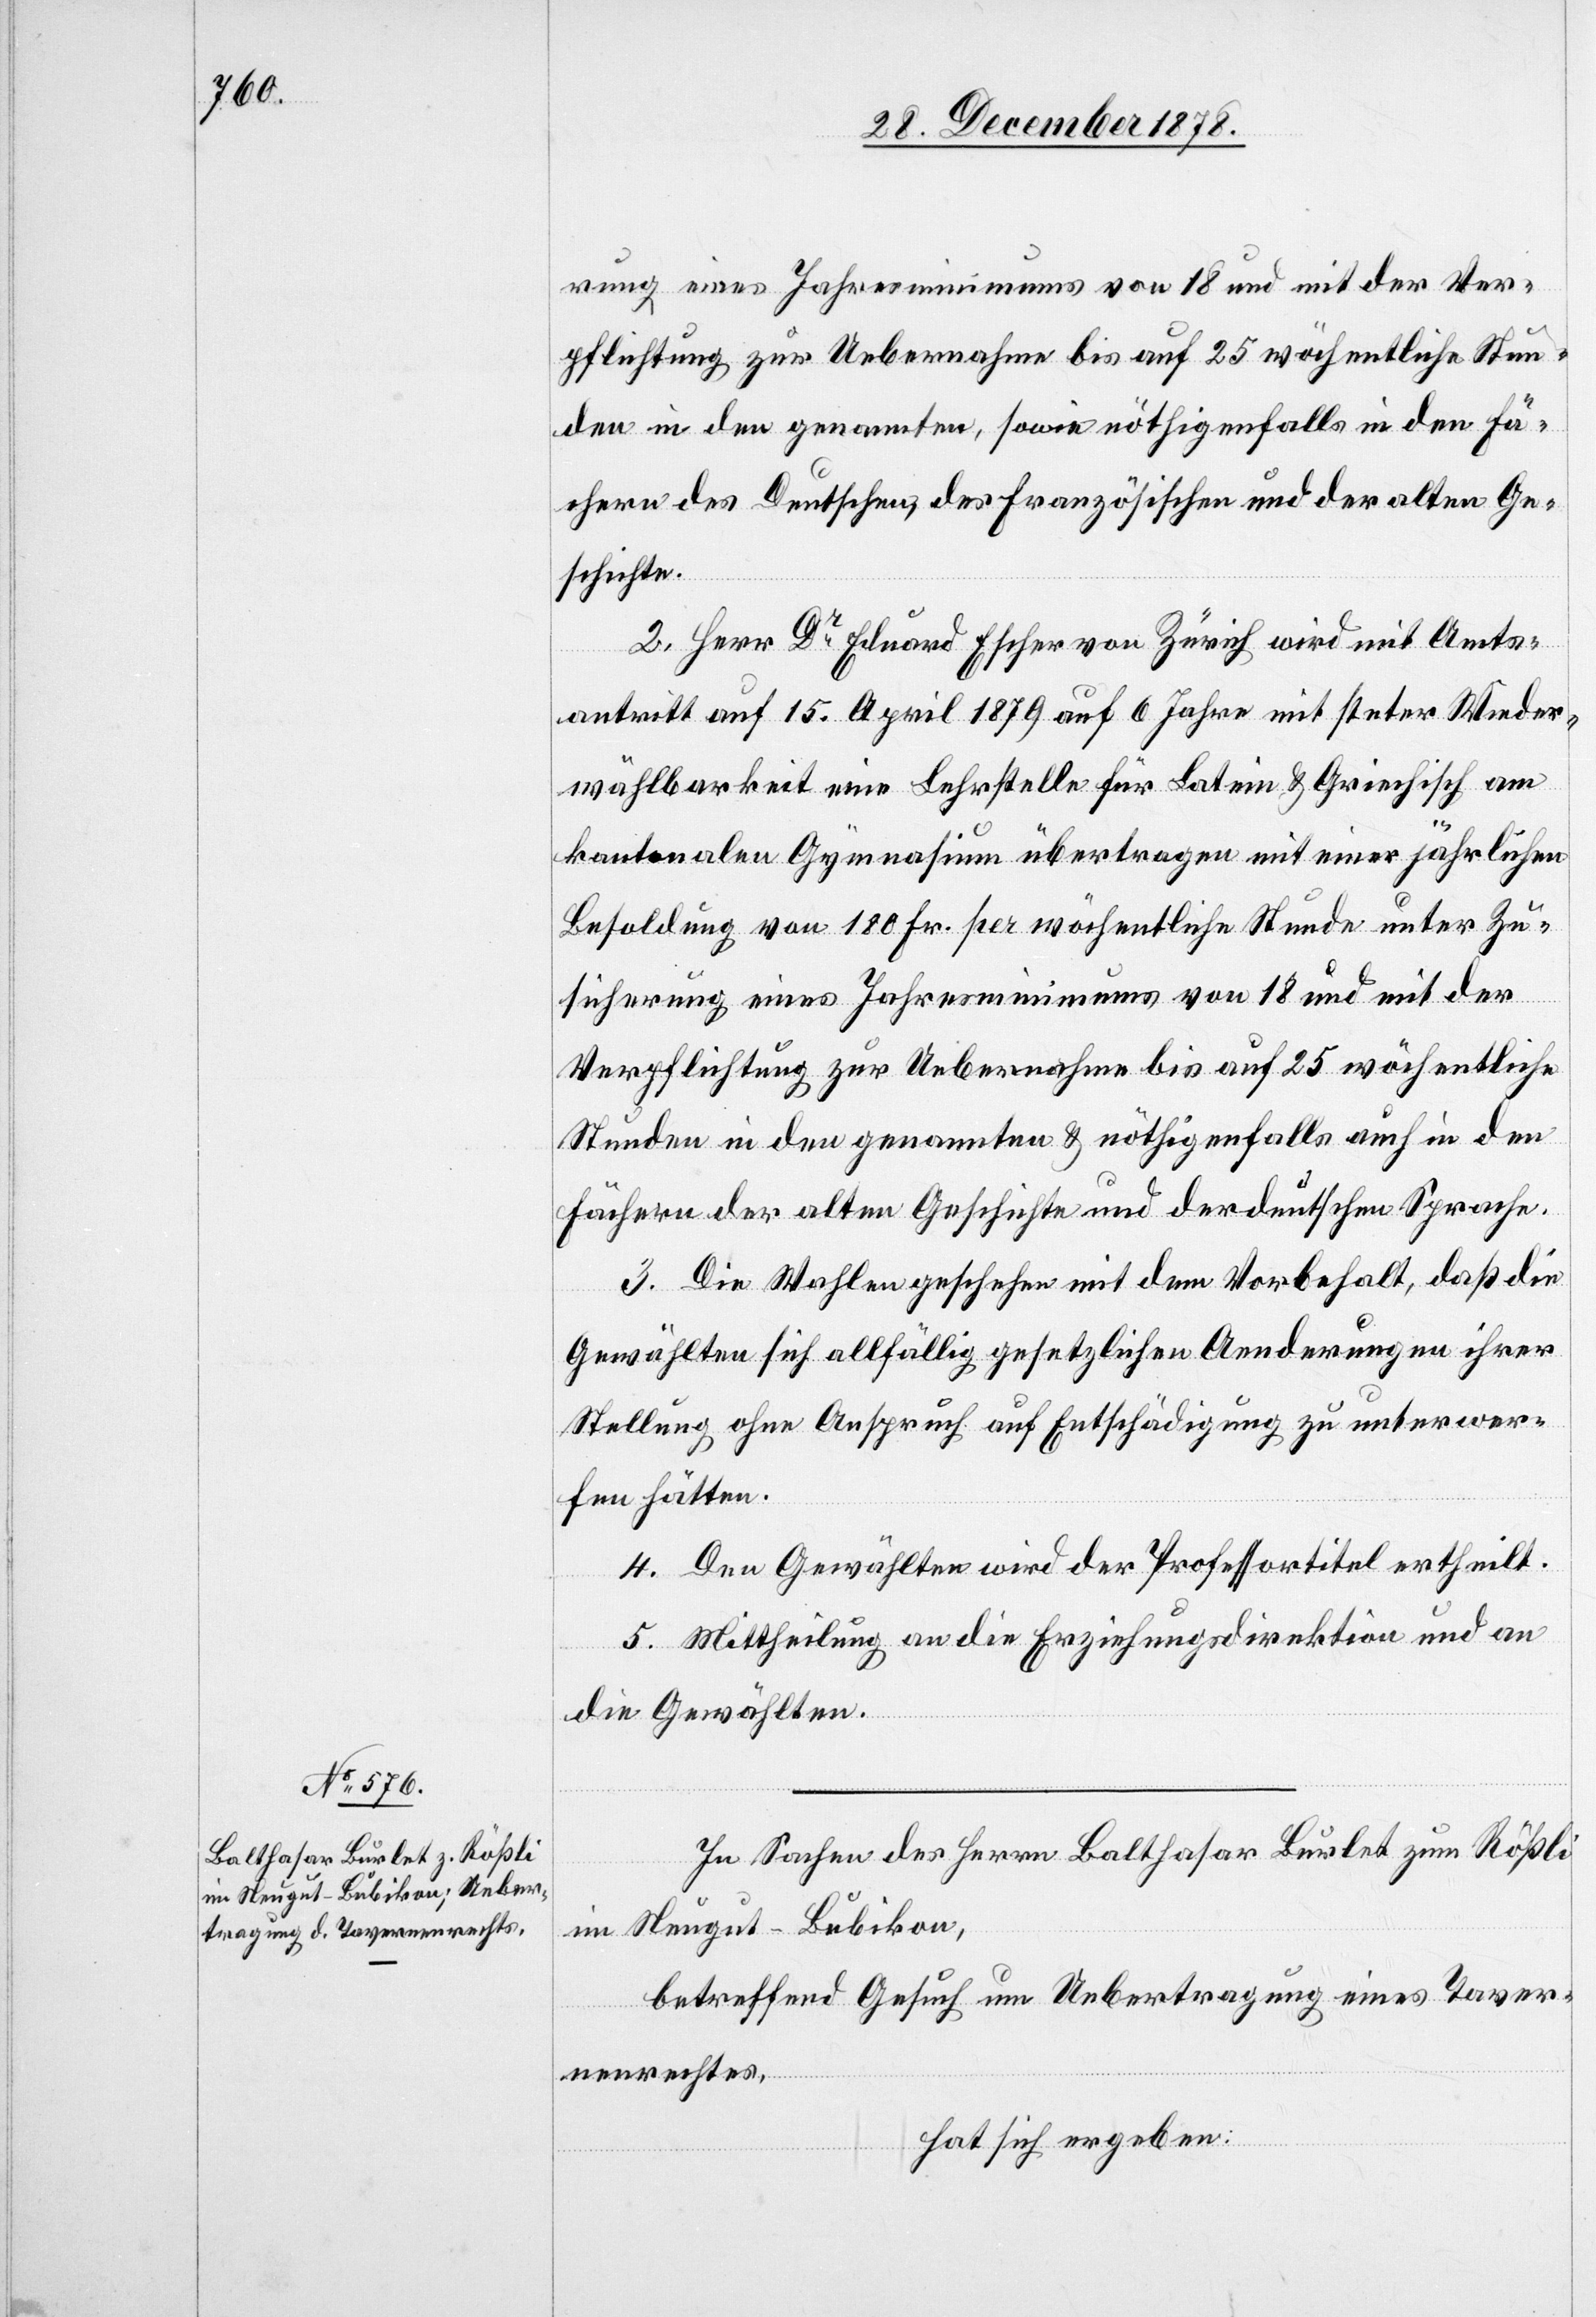
rung eines Jahresminimums von 18 und mit der Ver¬
pflichtung zur Uebernahme bis auf 25 wöchentliche Stun¬
den in den genannten, sowie nöthigenfalls in den Fä¬
chern des Deutschen, des Französischen und der alten Ge¬
schichte.
2. Herr Dr Eduard Escher von Zürich wird mit Amts¬
antritt auf 15. April 1879 auf 6 Jahre mit steter Wieder¬
wählbarkeit eine Lehrstelle für Latein & Griechisch am
kantonalen Gymnasium übertragen mit einer jährlichen
Besoldung von 180 Fr. per wöchentliche Stunde mit der V¬
erpflichtung zur Uebernahme bis auf 25 wöchentliche
Stunden in den genannten & nöhtigenfalls auch in den
Fächern der alten Geschichte und der deutschen Sprache.
3. Die Wahlen geschehen mit dem Vorbehalt, daß die
Gewählten sich allfällig gesetzlichen Aenderungen ihrer
Stellung ohne Anspruch auf Entschädigung zu unterwer¬
fen hätten.
4. Den Gewählten wird der Professortitel ertheilt.
5. Mittheilung an die Erziehungsdirektion und an
die Gewählten.
In Sachen des Herrn Balthasar Burlet zum Rößli
im Neugut - Bubikon,
betreffend Gesuch um Uebertragung eines Taver¬
nenrechtes,
hat sich ergeben: